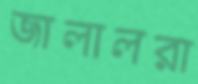
জালালরা